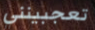
تعجبينني